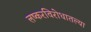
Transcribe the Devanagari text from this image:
लष्करविरोधातल्या